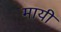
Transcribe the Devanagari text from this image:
मायी